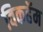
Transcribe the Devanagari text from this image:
विकहॅम